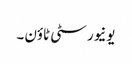
یونیورسٹی ٹاؤن ۔